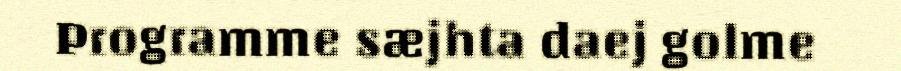
Programme sæjhta daej golme